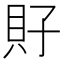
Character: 𧴯